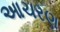
આચરણ